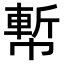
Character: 𢄤